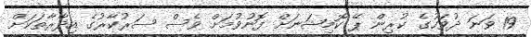
19 ވަނަ ދުވަހުގެ ކުރިން ޕޭ ކޮމިޝަނަށް ފޮނުވުމަށް ވެސް ސަރުކާރުގެ އިދާރާތަކަށް